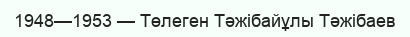
1948—1953 — Төлеген Тәжібайұлы Тәжібаев